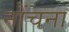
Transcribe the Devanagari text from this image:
नोंचना